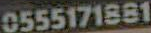
0555171881